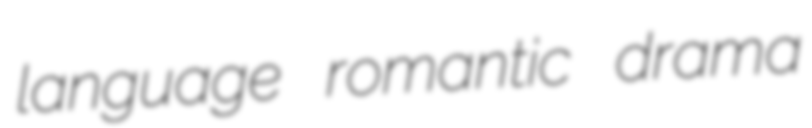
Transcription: language romantic drama